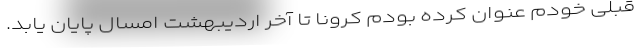
قبلی خودم عنوان کرده بودم کرونا تا آخر اردیبهشت امسال پایان یابد.